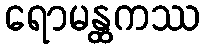
ရောမန္ထကဿ